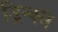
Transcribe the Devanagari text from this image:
ड्रिन्क्स